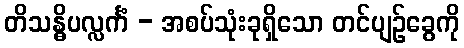
တိသန္ဓိပလ္လင်္ကံ - အစပ်သုံးခုရှိသော တင်ပျဉ်ခွေကို